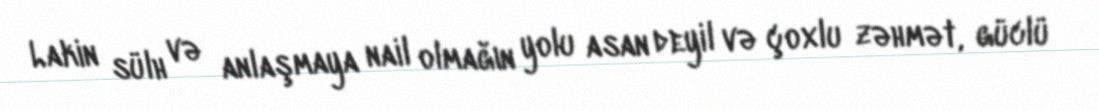
Lakin sülh və anlaşmaya nail olmağın yolu asan deyil və çoxlu zəhmət, güclü